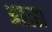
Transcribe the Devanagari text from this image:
अहाहा